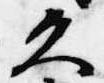
久